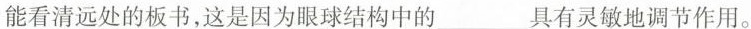
能看清远处的板书，这是因为眼球结构中的___具有灵敏地调节作用。